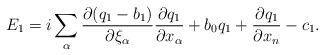
LaTeX: \begin{align*} E_1=i\sum_\alpha\frac{\partial (q_1-b_1)}{\partial \xi_\alpha}\frac{\partial q_1}{\partial x_\alpha}+b_0q_1+\frac{\partial q_1}{\partial x_n} - c_1. \end{align*}